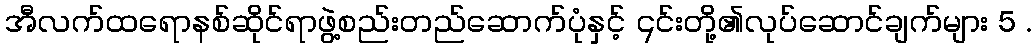
အီလက်ထရောနစ်ဆိုင်ရာဖွဲ့စည်းတည်ဆောက်ပုံနှင့် ၎င်းတို့၏လုပ်ဆောင်ချက်များ 5 .